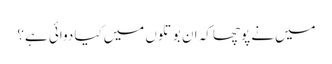
میں‌نے پوچھا کہ ان بوتلوں میں‌کیا دوائی ہےِ؟